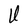
Character: U